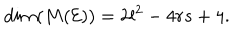
d i m ( M ( \mathcal { E } ) ) = 2 l ^ { 2 } - 4 r s + 4 .